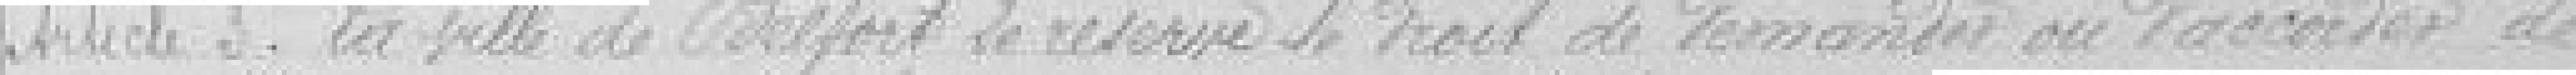
Article trois. La ville de Belfort se réserve le droit de demander ou d'accorder de